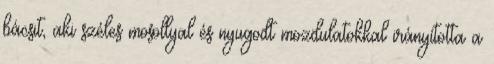
bácsit, aki széles mosollyal és nyugodt mozdulatokkal irányította a